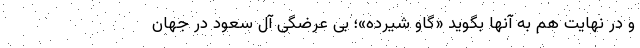
و در نهایت هم به آنها بگوید «گاو شیرده»؛ بی عرضگی آل سعود در جهان